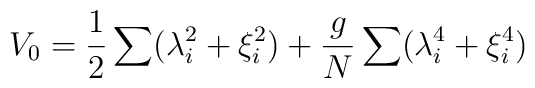
V_{0} = {1\over 2}\sum (\lambda_{i}^{2} + \xi_{i}^{2} )      +{g\over N} \sum (\lambda_{i}^{4} + \xi_{i}^{4} )